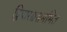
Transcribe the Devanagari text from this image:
द्विपारश्वसममित